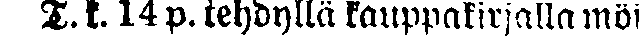
T. k. 14 p. tehdyllä kauppakirjalla möi